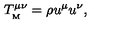
T _ { _ \mathrm { M } } ^ { \mu \nu } = \rho u ^ { \mu } u ^ { \nu } ,